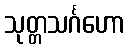
သုတ္တသင်္ဂဟော